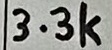
Text: 3.3k